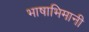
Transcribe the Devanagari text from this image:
भाषाभिमानी